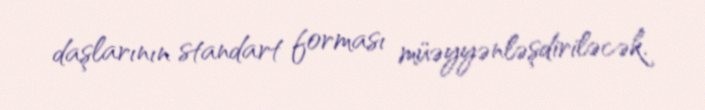
daşlarının standart forması müəyyənləşdiriləcək.